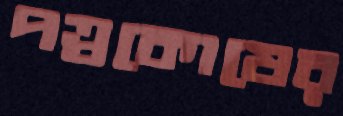
পত্রকোষের